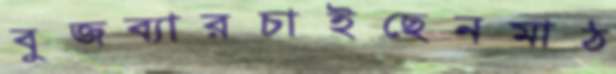
বুজব্যারচাইছেনমাঠ